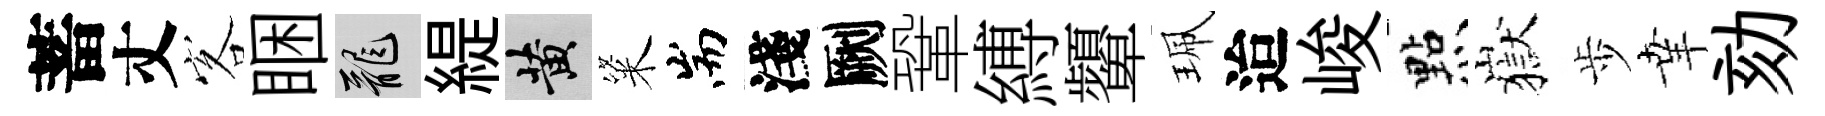
蓄丈客睏龍緹黄粢耑淺劂鞏縛顰珮迨峻㸃嶽歩𦍒劾